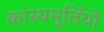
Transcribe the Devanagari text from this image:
कांस्यमूर्तियों